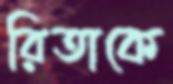
রিতাকে